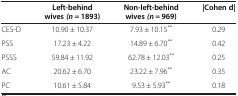
<table><thead><tr><td><b> </b></td><td><b>Left-behind wives <i>(n =</i> 1893)</b></td><td><b>Non-left-behind wives <i>(n =</i> 969)</b></td><td><b>|Cohen d|</b></td></tr></thead><tbody><tr><td>CES-D</td><td>10.90 ± 10.37</td><td>7.93 ± 10.15<sup>**</sup></td><td>0.29</td></tr><tr><td>PSS</td><td>17.23 ± 4.22</td><td>14.89 ± 6.70<sup>**</sup></td><td>0.42</td></tr><tr><td>PSSS</td><td>59.84 ± 11.92</td><td>62.78 ± 12.03<sup>**</sup></td><td>0.25</td></tr><tr><td>AC</td><td>20.62 ± 6.70</td><td>23.22 ± 7.96<sup>**</sup></td><td>0.35</td></tr><tr><td>PC</td><td>10.61 ± 5.84</td><td>9.53 ± 5.93<sup>**</sup></td><td>0.18</td></tr></tbody></table>